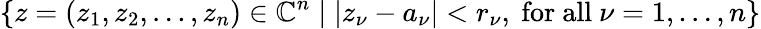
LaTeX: \{ z=(z_{1},z_{2},\dots,z_{n})\in{\mathbb{C}}^{n}\mid|z_{\nu}-a_{\nu}|<r_{\nu},{\mathrm{~for~all~}}\nu=1,\dots,n\}